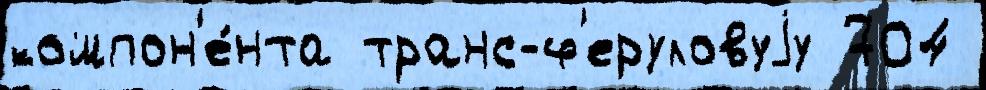
компон'е́нта транс-ф'еруловуjу 704